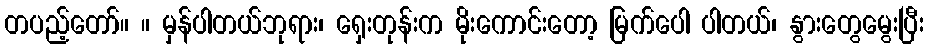
တပည့်တော်။ ။ မှန်ပါတယ်ဘုရား၊ ရှေးတုန်းက မိုးကောင်းတော့ မြက်ပေါ ပါတယ်၊ နွားတွေမွေးပြီး